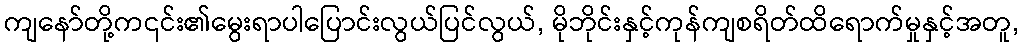
ကျနော်တို့က၎င်း၏မွေးရာပါပြောင်းလွယ်ပြင်လွယ်, မိုဘိုင်းနှင့်ကုန်ကျစရိတ်ထိရောက်မှုနှင့်အတူ,